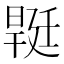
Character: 𣉡